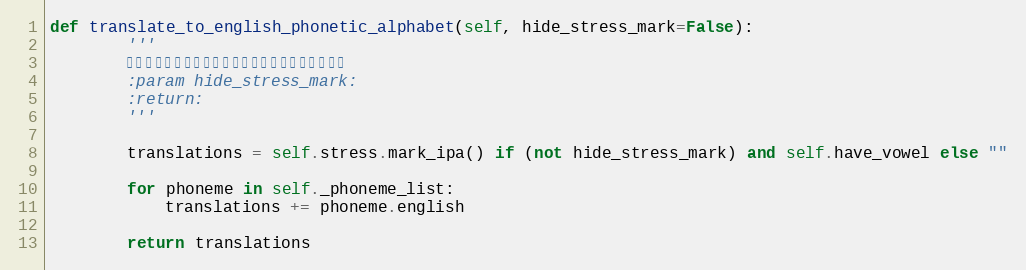
Language: Python
def translate_to_english_phonetic_alphabet(self, hide_stress_mark=False):
        '''
        转换成英音。只要一个元音的时候需要隐藏重音标识
        :param hide_stress_mark:
        :return:
        '''

        translations = self.stress.mark_ipa() if (not hide_stress_mark) and self.have_vowel else ""

        for phoneme in self._phoneme_list:
            translations += phoneme.english

        return translations